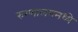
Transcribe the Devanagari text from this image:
रुग्णालयमध्ये